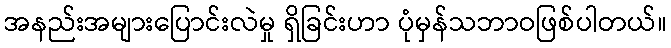
အနည်းအများပြောင်းလဲမှု ရှိခြင်းဟာ ပုံမှန်သဘာဝဖြစ်ပါတယ်။